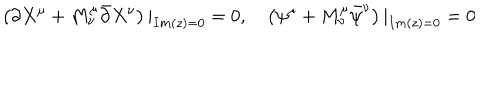
\left( \partial X ^ { \mu } + M _ { \nu } ^ { \mu } \bar { \partial } X ^ { \nu } \right) | _ { I m ( z ) = 0 } = 0 , \quad \left( \psi ^ { \mu } + M _ { \nu } ^ { \mu } \bar { \psi } ^ { \nu } \right) | _ { I m ( z ) = 0 } = 0